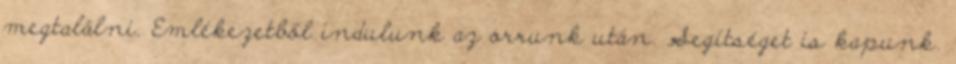
megtalálni. Emlékezetből indulunk az orrunk után. Segítséget is kapunk.